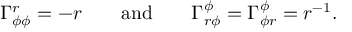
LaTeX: \Gamma _ { \phi \phi } ^ { r } = - r \qquad \mathrm { a n d } \qquad \Gamma _ { r \phi } ^ { \phi } = \Gamma _ { \phi r } ^ { \phi } = r ^ { - 1 } .